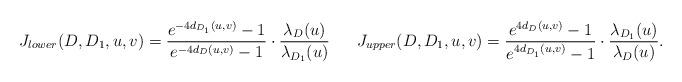
LaTeX: \begin{align*} J_{lower}(D,D_1,u,v) = \frac{e^{-4d_{D_1}(u,v)}-1}{e^{-4d_D(u,v)}-1} \cdot \frac{\lambda_{D}(u)}{\lambda_{D_1}(u)} \ \ \ \ \ J_{upper}(D,D_1,u,v) = \frac{e^{4d_D(u,v)}-1}{e^{4d_{D_1}(u,v)}-1} \cdot \frac{\lambda_{D_1}(u)}{\lambda_{D}(u)}. \end{align*}